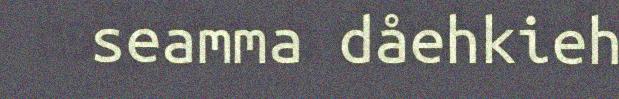
seamma dåehkieh